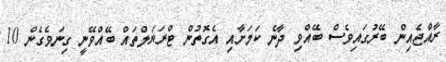
ރާއްޖެއިން ބޭރުގައިވެސް ބޭއްވި ދާނެ ކަމަށާއި އެގޮތުން ޓްރަޔަލްތައް ބޭއްވޭނީ ގިނަވެގެން 10